Vaccination in Bombay 1902-1912 - 1902-1912
Year: 1902
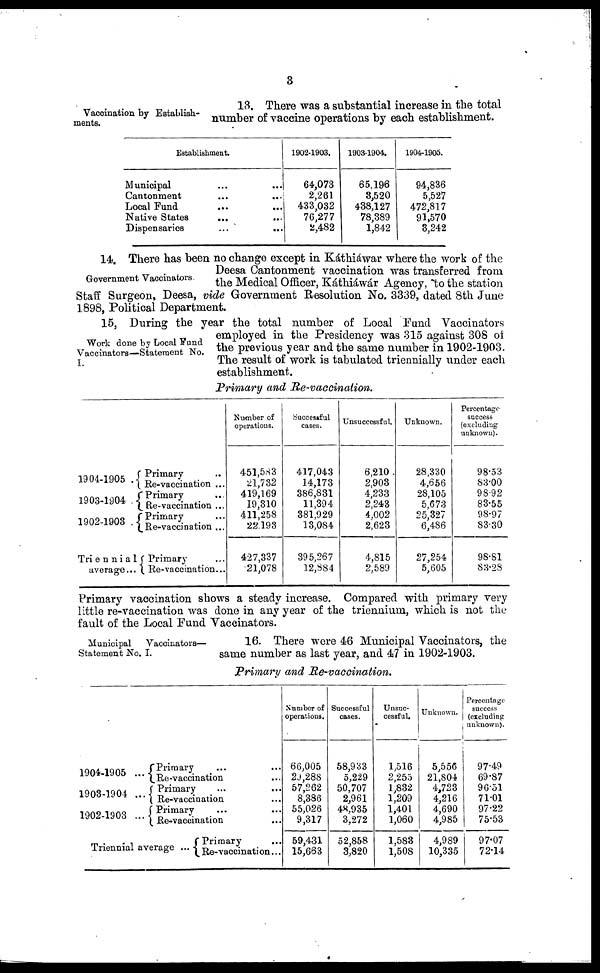
3
Vaccination by Establish-
ments.
13. There was a substantial increase in the total
number of vaccine operations by each establishment.
Establishment.
Municipal ... ...
Cantonment ... ...
Local Fund ... ...
Native States ... ...
Dispensaries ... ...
1902-1903.
64,073
2,261
433,032
76,277
2,482
1903-1904.
65,196
3,520
438,127
78,389
1,842
1904-1905.
94,836
5,527
472,817
91,570
3,242
Government Vaccinators.
14. There has been no change except in Káthiáwar where the work of the
Deesa Cantonment vaccination was transferred from
the Medical Officer, Káthiáwár Agency, to the station
Staff Surgeon, Deesa, vide Government Resolution No. 3339, dated 8th June
1898, Political Department.
Work done by Local Fund
Vaccinators—Statement No.
I.
15, During the year the total number of Local Fund Vaccinators
employed in the Presidency was 315 against 308 of
the previous year and the same number in 1902-1903.
The result of work is tabulated triennially under each
establishment.
Primary and Re-vaccination.
1904-1905 .
1903-1904 .
1902-1903 .
Triennia1
average...
Primary ...
Re-vaccination ...
Primary ...
Re-vaccination ...
Primary ...
Re-vaccination ...
Primary ...
Re-vaccination...
Number of
operations.
451,583
21,732
419,169
19,310
411,258
22,193
427,337
21,078
Successful
cases.
417,043
14,173
386,831
11,394
381,929
13,084
395,267
12,884
Unsuccessful.
6,210
2,903
4,233
2,243
4,002
2,623
4,815
2,589
Unknown.
28,330
4,656
28,105
5,673
25,327
6,486
27,254
5,605
Percentage
success
(excluding
unknown).
98.53
83.00
98.92
83.55
98.97
83.30
98.81
83.28
Primary vaccination shows a steady increase. Compared with primary very
little re-vaccination was done in any year of the triennium, which is not the
fault of the Local Fund Vaccinators.
Municipal Vaccinators—
Statement No. I.
16. There were 46 Municipal Vaccinators, the
same number as last year, and 47 in 1902- 1903.
Primary and Re-vaccination.
1904-1905
1903-1904
1902-1903
Primary ...
Re-vaccination ...
Primary ...
Re-vaccination ...
Primary ...
Re-vaccination ...
Triennial average
Primary ...
Re-vaccination...
Number of
operations.
66,005
20,288
57,262
8,386
55,026
9,317
59,431
15,663
Successful
cases.
58,933
5,229
50,707
2,961
48,935
3,272
52,858
3,820
Unsuc-
cessful.
1,516
2,255
1,832
1,209
1,401
1,060
1,583
1,508
Unknown.
5,556
21,804
4,723
4,216
4,690
4,985
4,989
10,335
Percentage
success
(excluding
unknown).
97.49
69.87
96.51
71.01
97.22
75.53
97.07
72.14